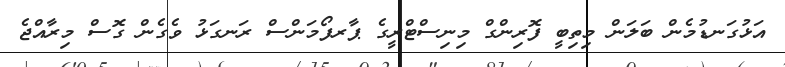
އަޅުގަނޑުމެން ބަލަން މިތިބީ ފޮރިންގް މިނިސްޓްރީގެ ޕާރފޯމަންސް ރަނގަޅު ވެގެން ގޮސް މިރާއްޖެ